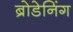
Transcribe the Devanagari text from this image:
ब्रोडेनिंग